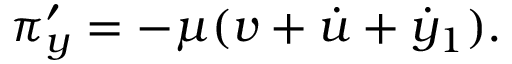
\pi _ { y } ^ { \prime } = - \mu ( v + \dot { u } + \dot { y } _ { 1 } ) .